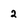
Character: 2